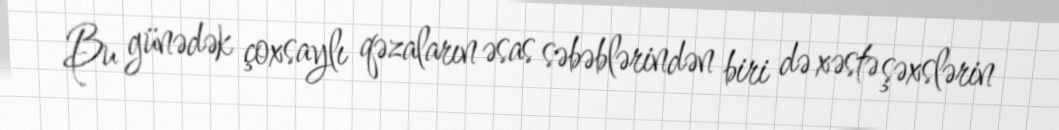
Bu günədək çoxsaylı qəzaların əsas səbəblərindən biri də xəstə şəxslərin